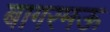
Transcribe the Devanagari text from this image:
बागरमऊ